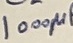
Text: 1000µ